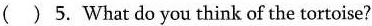
( ) 5.What do you think of the tortoise?